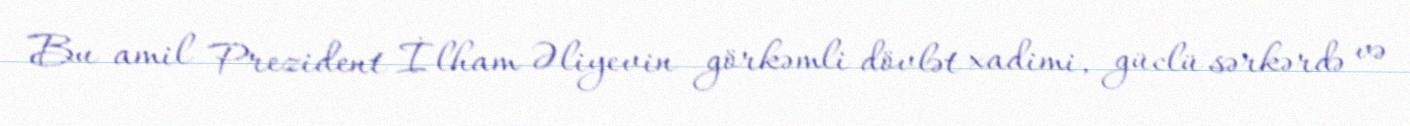
Bu amil Prezident İlham Əliyevin görkəmli dövlət xadimi, güclü sərkərdə və